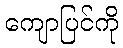
ကျောပြင်ကို